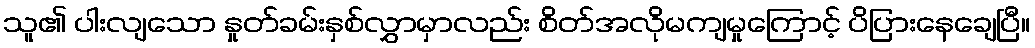
သူ၏ ပါးလျသော နှုတ်ခမ်းနှစ်လွှာမှာလည်း စိတ်အလိုမကျမှုကြောင့် ပိပြားနေချေပြီ။